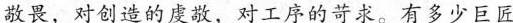
敬畏，对创造的虔敬，对工序的苛求。有多少巨匠